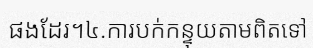
ផងដែរ។៤.ការបក់កន្ទុយតាមពិតទៅ